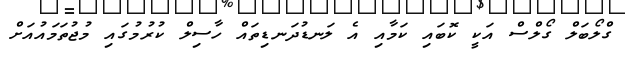
ގްލޯބަލް ގޯލްސް އަކީ ކޮބައި ކަމާއި އެ ލަނޑުދަނޑިތައް ހާސިލް ކުރުމުގައި މުޖުތަމައުއަށް